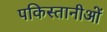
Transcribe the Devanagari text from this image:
पकिस्तानीओं